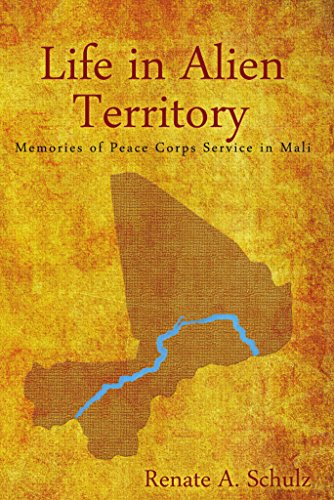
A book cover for Life in Alien Territory: Memories of Peace Corps Service in Mali; Renate A. Schulz; Travel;